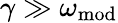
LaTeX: \gamma\gg\omega_{\mathrm{mod}}